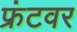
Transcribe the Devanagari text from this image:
फ्रंटवर